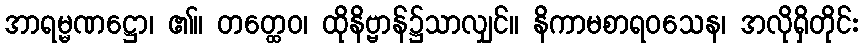
အာရမ္မဏဋ္ဌော၊ ၏။ တတ္ထေဝ၊ ထိုနိဗ္ဗာန်၌သာလျှင်။ နိကာမစာရဝသေန၊ အလိုရှိတိုင်း